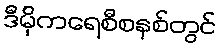
ဒီမိုကရေစီစနစ်တွင်